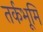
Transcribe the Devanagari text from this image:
तर्कभूमि